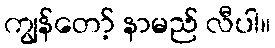
ကျွန်တော့် နာမည် လီပါ။